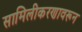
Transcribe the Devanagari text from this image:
सामिलीकरणावरून